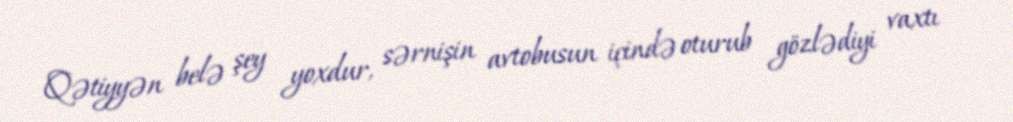
Qətiyyən belə şey yoxdur, sərnişin avtobusun içində oturub gözlədiyi vaxtı